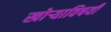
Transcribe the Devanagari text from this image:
खोर्‍याविषयी